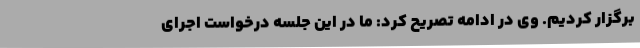
برگزار کردیم. وی در ادامه تصریح کرد: ما در این جلسه درخواست اجرای